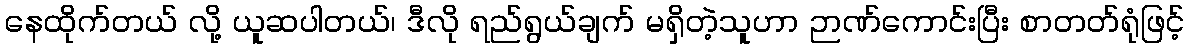
နေထိုက်တယ် လို့ ယူဆပါတယ်၊ ဒီလို ရည်ရွယ်ချက် မရှိတဲ့သူဟာ ဉာဏ်ကောင်းပြီး စာတတ်ရုံဖြင့်